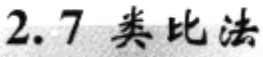
2.7 类比法